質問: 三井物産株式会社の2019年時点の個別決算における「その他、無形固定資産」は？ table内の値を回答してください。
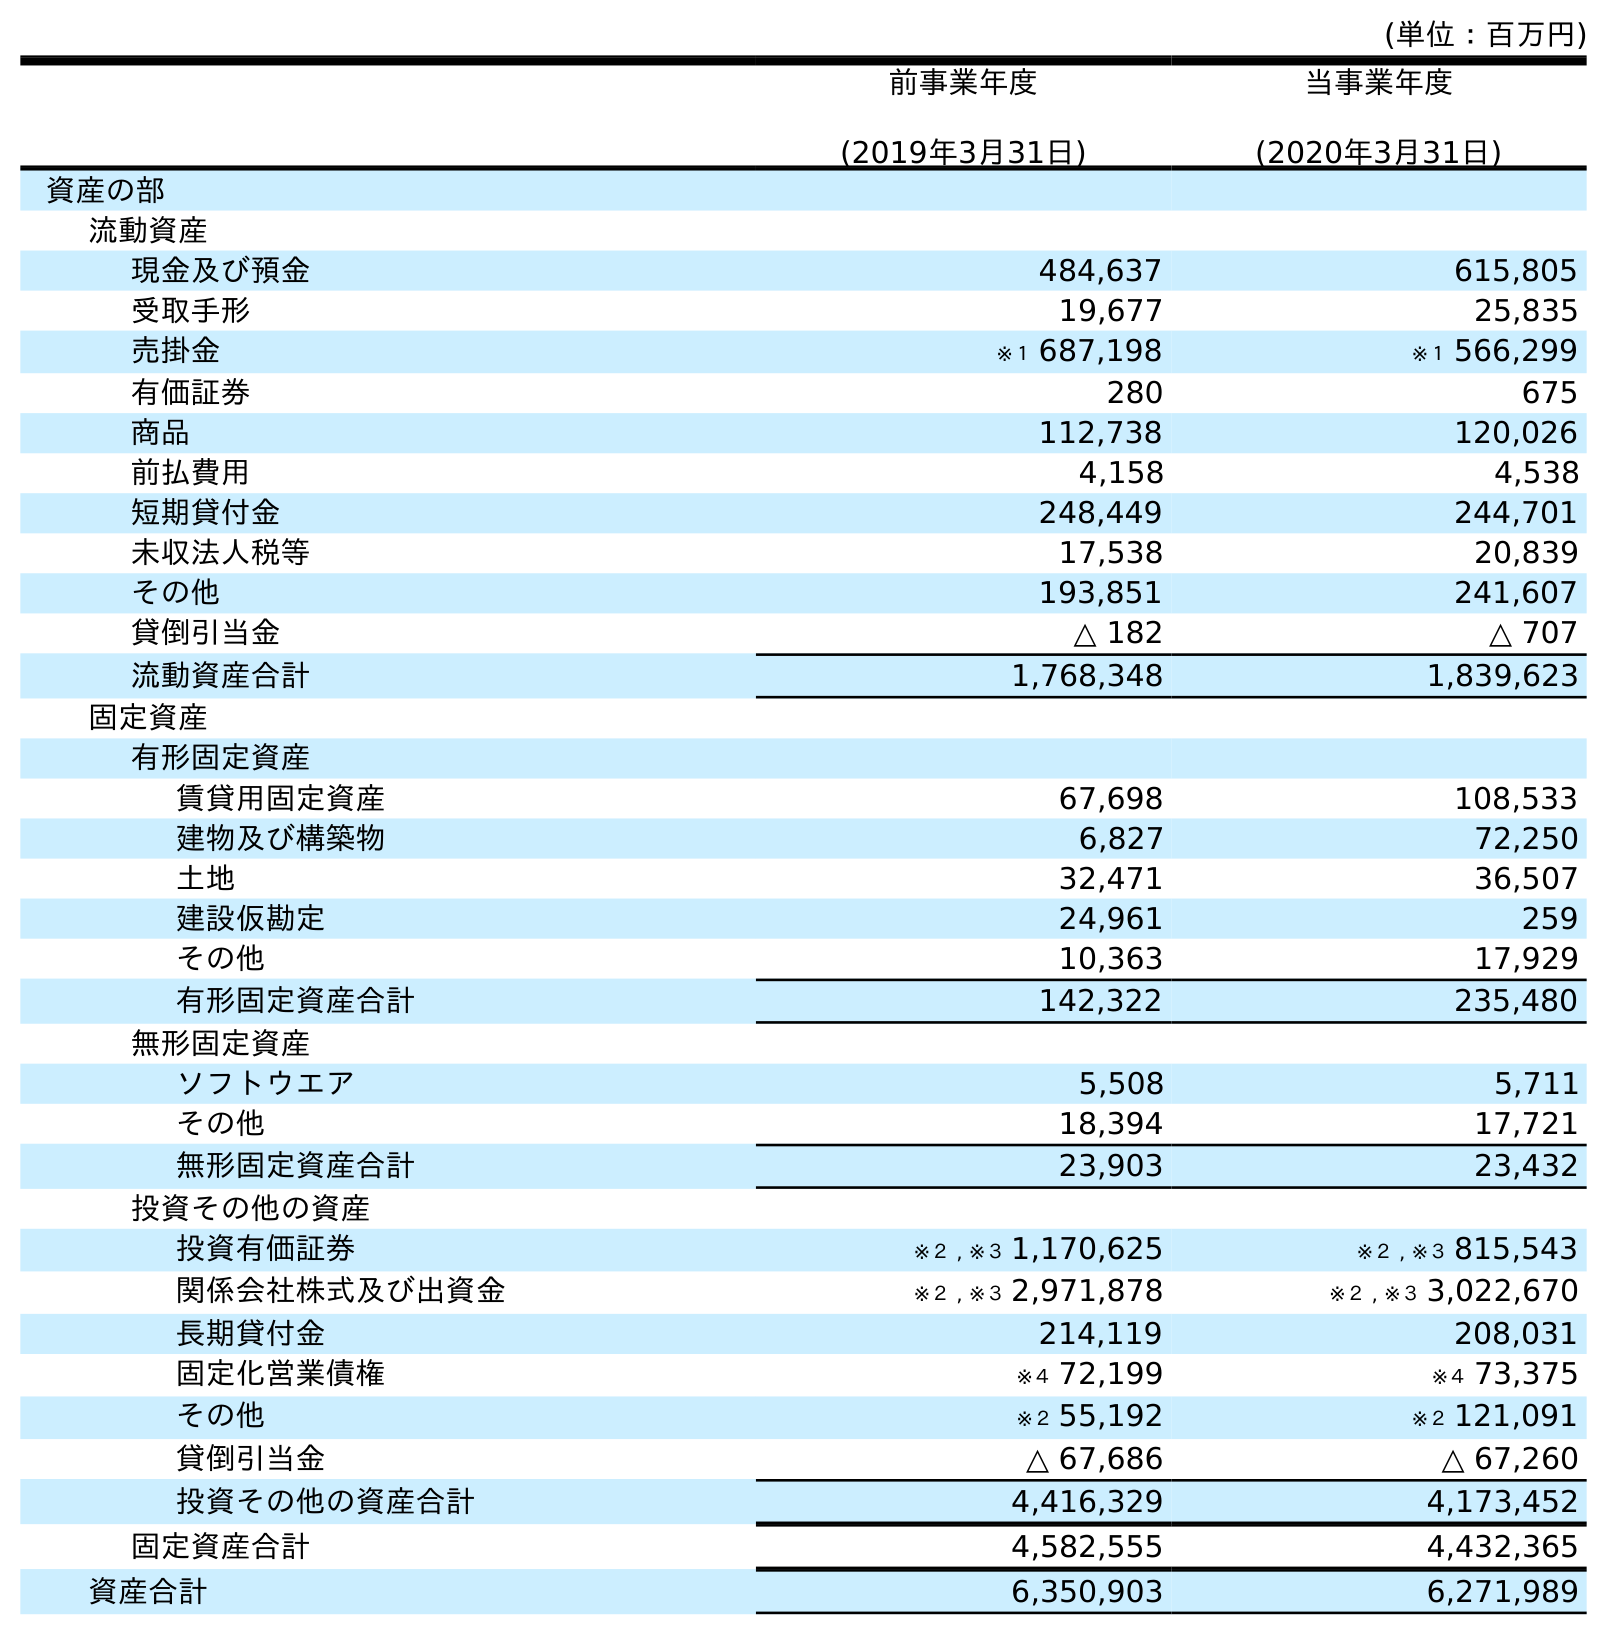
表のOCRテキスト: (単位：百万円) 前事業年度 (2019年3月31日) 当事業年度 (2020年3月31日) 資産の部 流動資産 現金及び預金 484,637 615,805 受取手形 19,677 25,835 売掛金 ※１ 687,198 ※１ 566,299 有価証券 280 675 商品 112,738 120,026 前払費用 4,158 4,538 短期貸付金 248,449 244,701 未収法人税等 17,538 20,839 その他 193,851 241,607 貸倒引当金 △ 182 △ 707 流動資産合計 1,768,348 1,839,623 固定資産 有形固定資産 賃貸用固定資産 67,698 108,533 建物及び構築物 6,827 72,250 土地 32,471 36,507 建設仮勘定 24,961 259 その他 10,363 17,929 有形固定資産合計 142,322 235,480 無形固定資産 ソフトウエア 5,508 5,711 その他 18,394 17,721 無形固定資産合計 23,903 23,432 投資その他の資産 投資有価証券 ※２ , ※３ 1,170,625 ※２ , ※３ 815,543 関係会社株式及び出資金 ※２ , ※３ 2,971,878 ※２ , ※３ 3,022,670 長期貸付金 214,119 208,031 固定化営業債権 ※４ 72,199 ※４ 73,375 その他 ※２ 55,192 ※２ 121,091 貸倒引当金 △ 67,686 △ 67,260 投資その他の資産合計 4,416,329 4,173,452 固定資産合計 4,582,555 4,432,365 資産合計 6,350,903 6,271,989
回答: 18,394